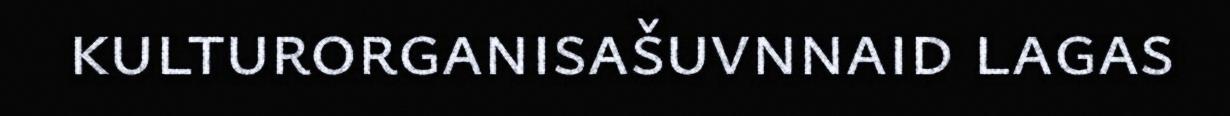
kulturorganisašuvnnaid lagas